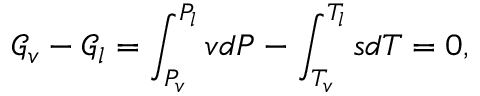
\mathcal { G } _ { v } - \mathcal { G } _ { l } = \int _ { P _ { v } } ^ { P _ { l } } v d P - \int _ { T _ { v } } ^ { T _ { l } } s d T = 0 ,